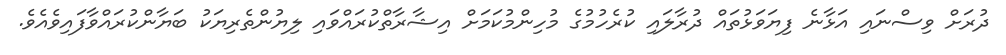
ދުރަށް ވިސްނައި އަޅާނެ ފިޔަވަޅުތައް ދުރާލައި ކުރެހުމުގެ މުހިންމުކަމަށް އިޝާރާތްކުރައްވައި ލިޔުންތެރިޔަކު ބަޔާންކުރައްވާފައިވެއެވެ.